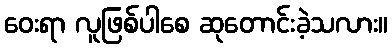
ဝေးရာ လူဖြစ်ပါစေ ဆုတောင်းခဲ့သလား။